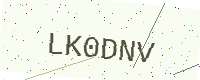
Text: LK0DNV